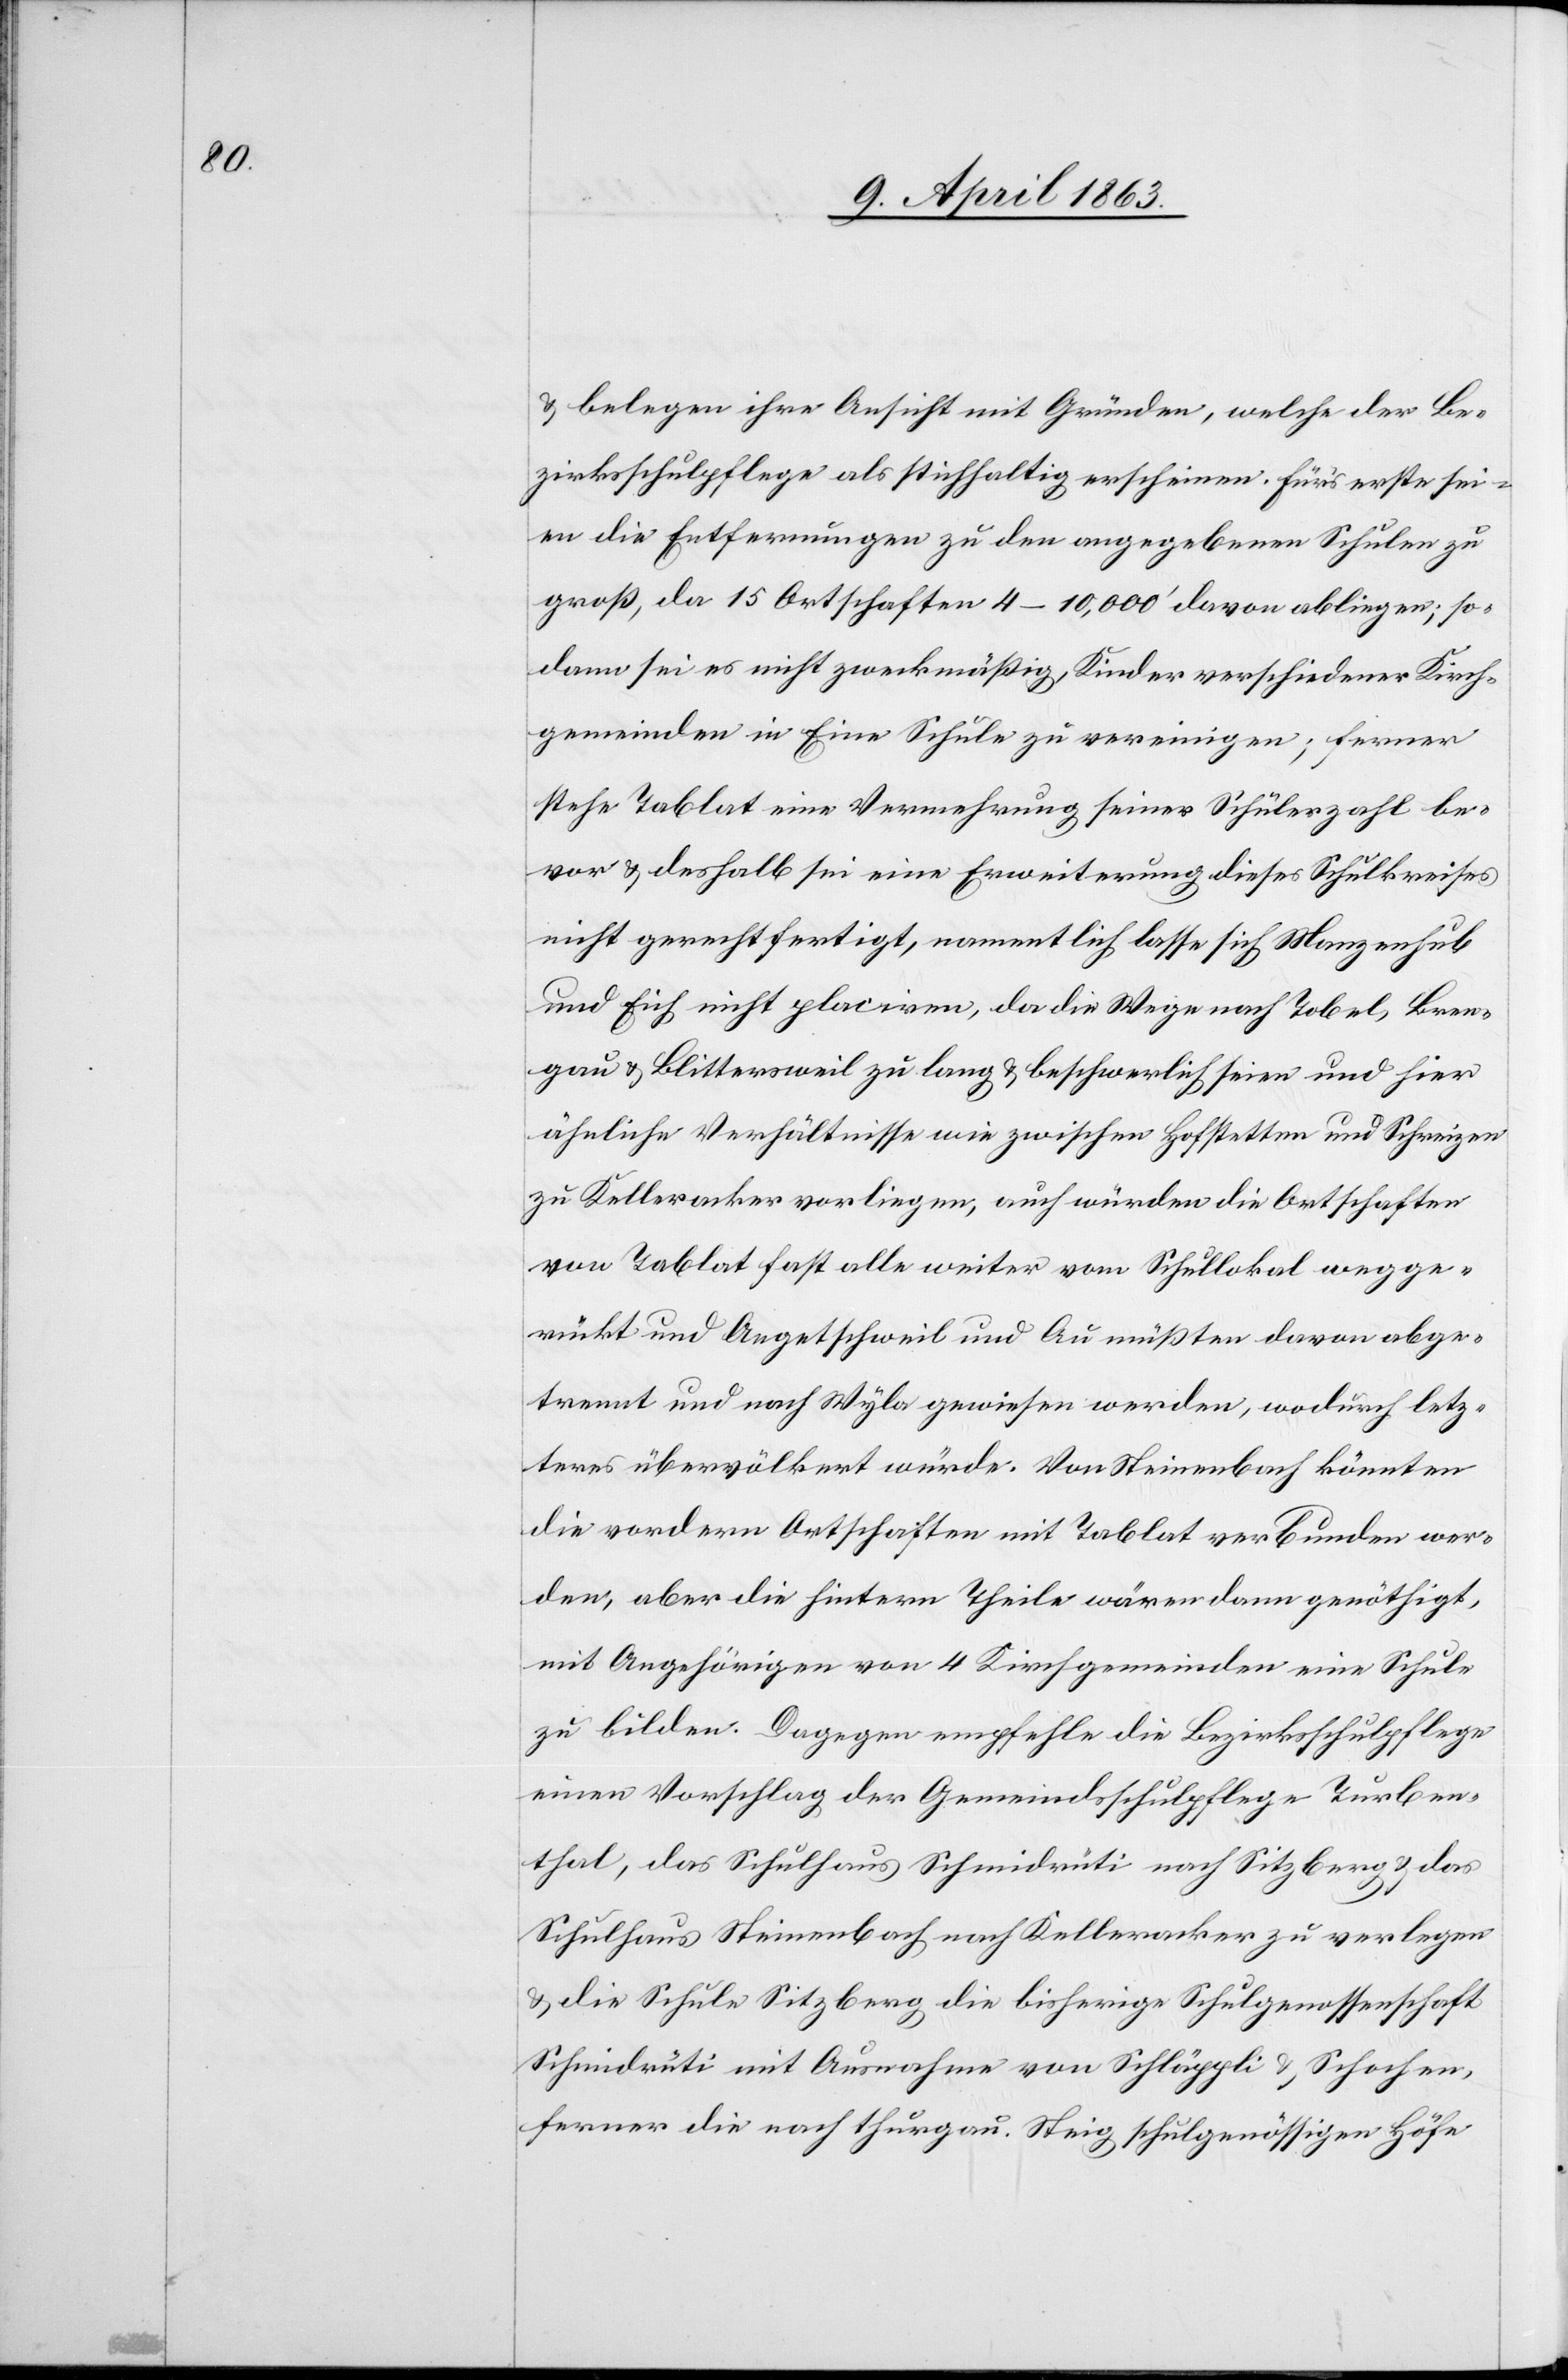
& belegen ihre Ansicht mit Gründen, welche der Be¬
zirksschulpflege als stichhaltig erschienen. Für's erste sei¬
en die Entfernungen zu den angegebenen Schulen zu
groß, da 15 Ortschaften 4–10,000' davon abliegen; so¬
dann sei es nicht zweckmäßig, Kinder verschiedener Kirch¬
gemeinden in Eine Schule zu vereinigen; ferner
stehe Tablat eine Vermehrung seiner Schülerzahl be¬
vor & deshalb sei eine Erweiterung dieses Schulkreises
nicht gerechtfertigt, namentlich lasse sich Manzenhub
und Eich nicht placiren, da die Wege nach Tobel, Bren¬
gau & Blittersweil zu lang & beschwerlich seien und hier
ähnliche Verhältnisse wie zwischen Hofstetten und Schreizen
zu Kelleracker vorliegen, auch würden die Ortschaften
von Tablat fast alle weiter vom Schullokal wegge¬
rückt und Aegetschweil und Au müßten davon abge¬
trennt und nach Wyla gewiesen werden, wodurch letz¬
teres übervölkert würde. Von Steinenbach könnten
die vordern Ortschaften mit Tablat verbunden wer¬
den, aber die hintern Theile wären dann genöthigt,
mit Angehörigen von 4 Kirchengemeinden eine Schule
zu bilden. Dagegen empfehle die Bezirksschulpflege
einen Vorschlag der Gemeindsschulpflege Turben¬
thal, das Schulhaus Schmidrüti nach Sitzberg & das
Schulhaus Steinenbach nach Kelleracker zu verlegen
& die Schule Sitzberg die bisherige Schulgenossenschaft
Schmidrüti mit Ausnahme von Schläppli & Schochen,
ferner die nach thurgau. Steig schulgenössigen Höfe